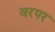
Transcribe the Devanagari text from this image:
वरपर